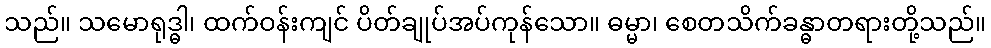
သည်။ သမောရုဒ္ဓါ၊ ထက်ဝန်းကျင် ပိတ်ချုပ်အပ်ကုန်သော။ ဓမ္မာ၊ စေတသိက်ခန္ဓာတရားတို့သည်။